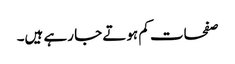
صفحات کم ہوتے جا رہے ہیں۔